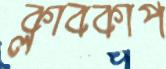
ক্লাবকাপ